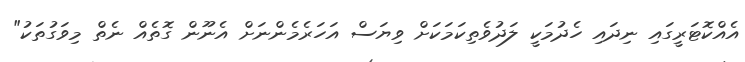
އެއްކޮޓަރީގައި ނިދައި ހެދުމަކީ ލަދުވެތިކަމަކަށް ވިޔަސް އަހަރެމެންނަށް އެނޫން ގޮތެއް ނެތް މިވަގުތަކު"